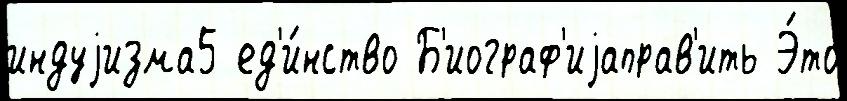
индуjизма5 ед'и́нство Б'иограф'иjаправ'ить Э́то